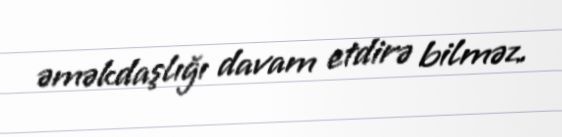
əməkdaşlığı davam etdirə bilməz.